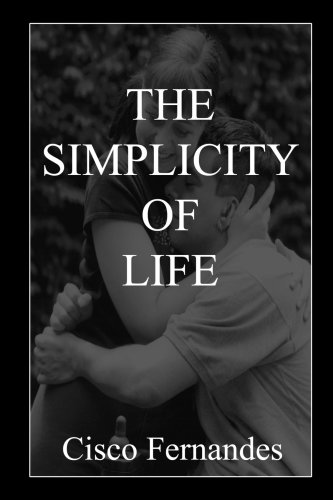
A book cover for The Simplicity Of Life; Cisco Fernandes; Health, Fitness & Dieting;